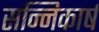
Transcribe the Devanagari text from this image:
सन्निकार्ष